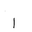
Letter: _alif